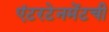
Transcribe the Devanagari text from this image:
एंटरटेनमेंटची